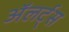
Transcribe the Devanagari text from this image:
अॅलर्ट्स